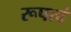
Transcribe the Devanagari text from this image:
रूपत्वं